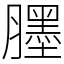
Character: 𦢓